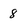
Character: 8